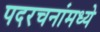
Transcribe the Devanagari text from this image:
पदरचनांमध्ये